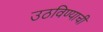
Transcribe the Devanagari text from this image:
उठविण्याची